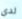
لدي